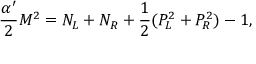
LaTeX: \frac { \alpha ^ { \prime } } { 2 } M ^ { 2 } = N _ { L } + N _ { R } + \frac { 1 } { 2 } ( { \cal P } _ { L } ^ { 2 } + { \cal P } _ { R } ^ { 2 } ) - 1 ,